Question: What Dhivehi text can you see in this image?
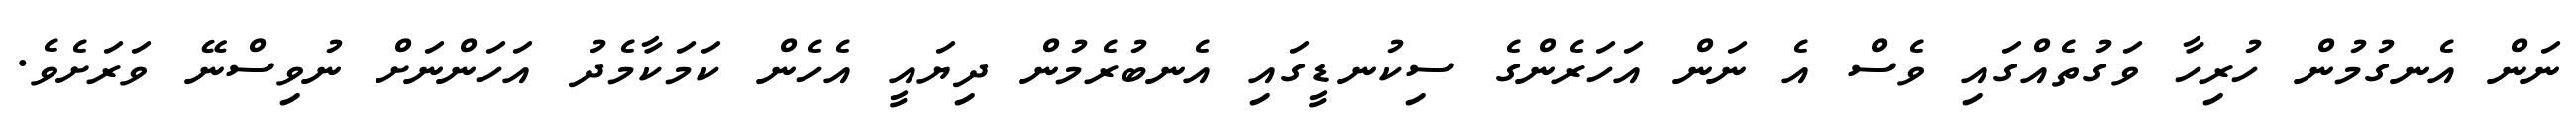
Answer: ނަން އެނގުމުން ހުރިހާ ވަގުތެއްގައި ވެސް އެ ނަން އަހަރެންގެ ސިކުނޑީގައި އެނބުރެމުން ދިޔައީ އެހެން ކަމަކާމެދު އަހަންނަށް ނުވިސްނޭ ވަރަށެވެ.